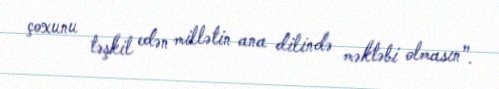
çoxunu təşkil edən millətin ana dilində məktəbi olmasın”.